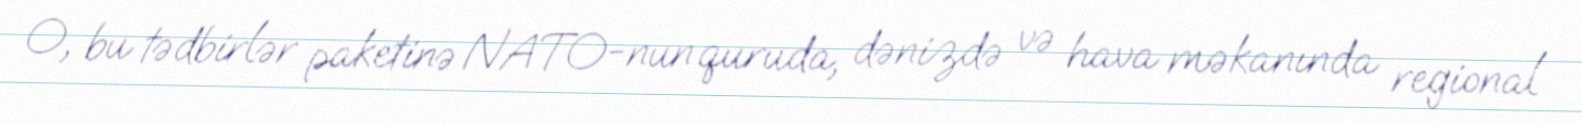
O, bu tədbirlər paketinə NATO-nun quruda, dənizdə və hava məkanında regional